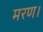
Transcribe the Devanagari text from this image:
मरण।